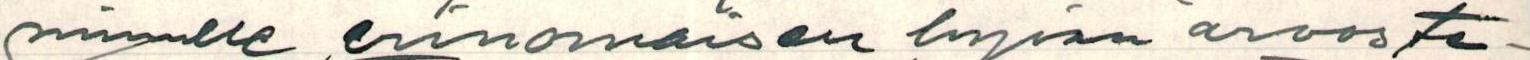
minulle erinomaisen hyvän arvoste-